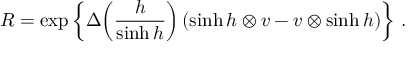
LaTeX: { \cal R } = \exp \left\{ \Delta \! \left( \frac { h } { \sinh h } \right) ( \sinh h \otimes v - v \otimes \sinh h ) \right\} \, .